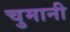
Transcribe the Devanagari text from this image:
चुमानी